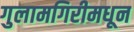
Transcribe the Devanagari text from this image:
गुलामगिरीमधून